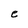
Character: e